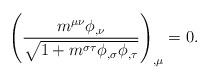
LaTeX: \begin{align*}\left( \frac{m^{\mu\nu} \phi_{,\nu}}{\sqrt{1 + m^{\sigma\tau} \phi_{,\sigma} \phi_{,\tau}}} \right)_{,\mu} = 0.\end{align*}